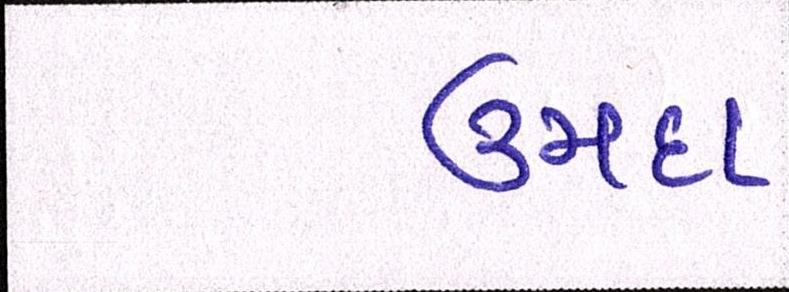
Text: ઉમદા